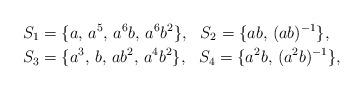
LaTeX: \begin{align*}S_1&=\{a,\,a^5,\,a^6b,\,a^6b^2\},\ \ S_2=\{ab,\,(ab)^{-1}\},\\S_3&=\{a^3,\,b,\,ab^2,\,a^4b^2\},\ \ S_4=\{a^2b,\,(a^2b)^{-1}\},\end{align*}